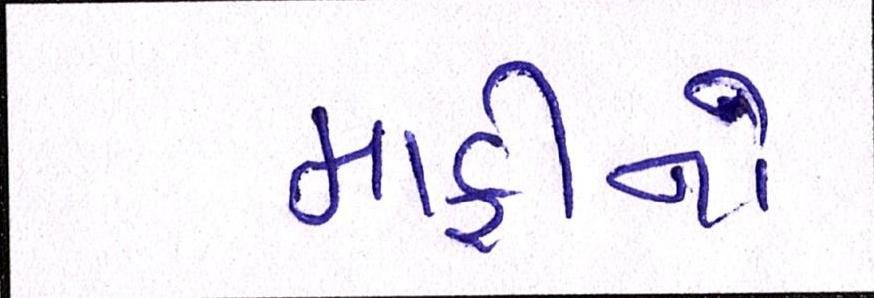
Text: માફીનો